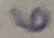
Text: 6